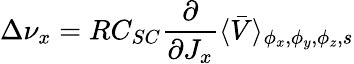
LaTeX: \Delta\nu_{x}=RC_{SC}\frac{\partial}{\partial J_{x}}\langle\bar{V}\rangle_{\phi_{x},\phi_{y},\phi_{z},s}